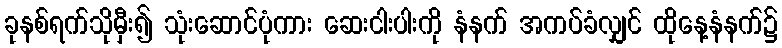
ခုနစ်ရက်သိုမှီး၍ သုံးဆောင်ပုံကား ဆေးငါးပါးကို နံနက် အကပ်ခံလျှင် ထိုနေ့နံနက်၌